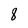
Character: 8